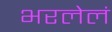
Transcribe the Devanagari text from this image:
भरलेलं